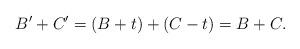
LaTeX: \begin{align*}B' + C' = (B+t) + (C-t) = B+C.\end{align*}